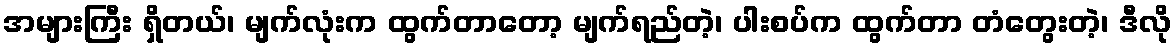
အများကြီး ရှိတယ်၊ မျက်လုံးက ထွက်တာတော့ မျက်ရည်တဲ့၊ ပါးစပ်က ထွက်တာ တံတွေးတဲ့၊ ဒီလို